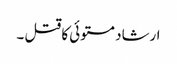
ارشاد مستوئی کا قتل ۔